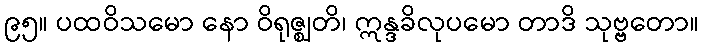
၉၅။ ပထဝိသမော နော ဝိရုဇ္ဈတိ၊ ဣန္ဒခိလုပမော တာဒိ သုဗ္ဗတော။